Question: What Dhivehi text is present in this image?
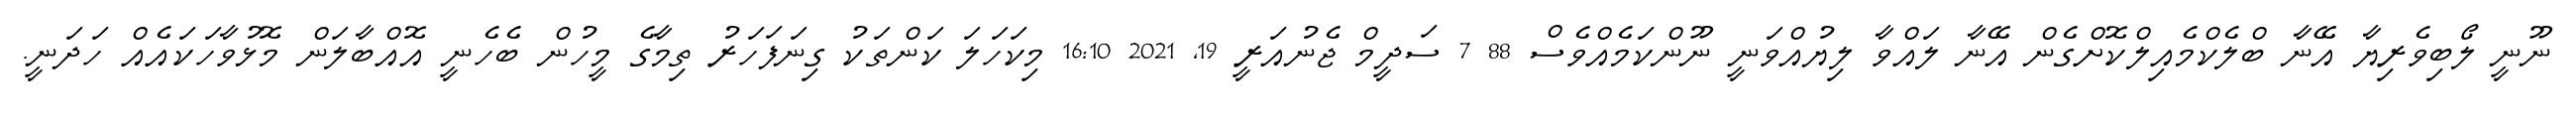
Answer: ނޫނީ ލޯބިވެރިޔާ އޭނާ ބްލެކްމެއިލްކޮށްގެން އޭނާ ލައްވާ ލިޔުއްވަނީ ނޫންކަމެއްވެސް 88 7 ސަދީމް ޖެނުއަރީ 19, 2021 16:10 މިކަހަލަ ކަންތަކު ގިނަފަހަރު ތިމާގެ މީހުން ބެހެނީ އޮއްބާލަން މޮޅުވާހަކައެއް ހަދަނީ.